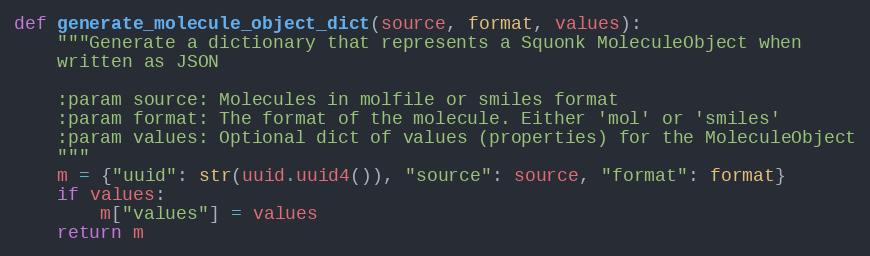
Language: Python
def generate_molecule_object_dict(source, format, values):
    """Generate a dictionary that represents a Squonk MoleculeObject when
    written as JSON

    :param source: Molecules in molfile or smiles format
    :param format: The format of the molecule. Either 'mol' or 'smiles'
    :param values: Optional dict of values (properties) for the MoleculeObject
    """
    m = {"uuid": str(uuid.uuid4()), "source": source, "format": format}
    if values:
        m["values"] = values
    return m